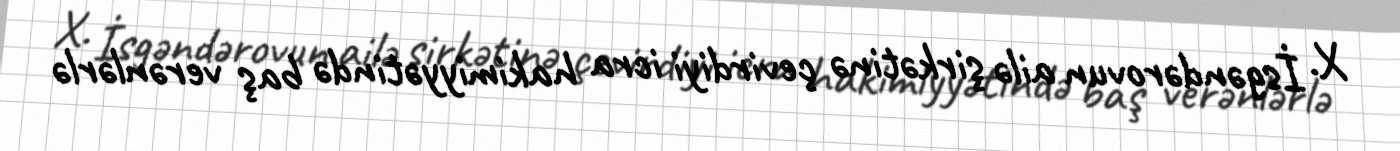
X. İsgəndərovun ailə şirkətinə çevirdiyi icra hakimiyyətində baş verənlərlə